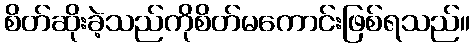
စိတ်ဆိုးခဲ့သည်ကိုစိတ်မကောင်းဖြစ်ရသည်။